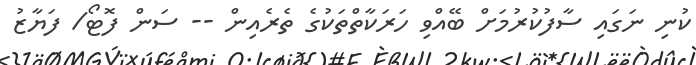
ކުނި ނަގައި ސާފުކުރުމަށް ބޭއްވި ހަރަކާތްތަކުގެ ތެރެއިން -- ސަން ފޮޓޯ/ ފަޔާޒު